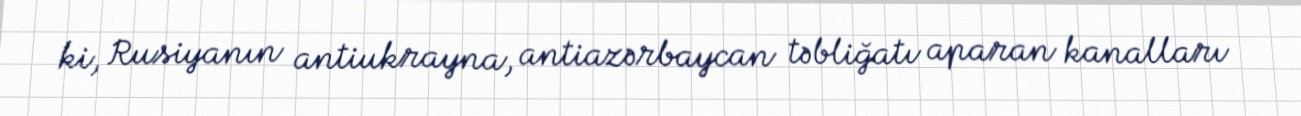
ki, Rusiyanın antiukrayna, antiazərbaycan təbliğatı aparan kanalları